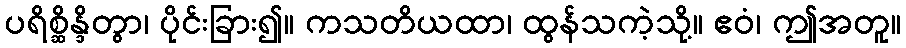
ပရိစ္ဆိန္ဒိတွာ၊ ပိုင်းခြား၍။ ကသတိယထာ၊ ထွန်သကဲ့သို့။ ဧဝံ၊ ဤအတူ။